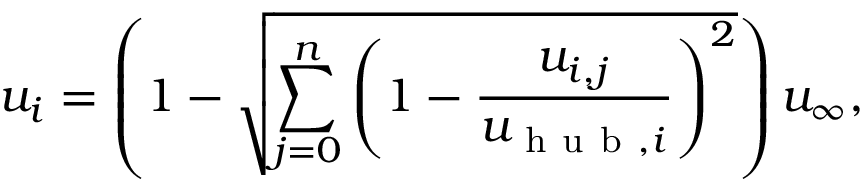
u _ { i } = \left( 1 - \sqrt { \sum _ { j = 0 } ^ { n } \left( 1 - \frac { u _ { i , j } } { u _ { \mathrm { ~ h ~ u ~ b ~ } , i } } \right) ^ { 2 } } \right) u _ { \infty } ,